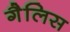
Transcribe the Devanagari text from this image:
गैलिस